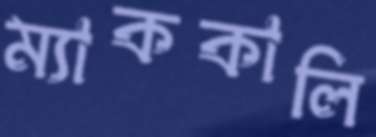
ম্যাককালি